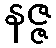
နဇ္ဇ